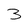
Character: 3